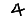
Digit: 4